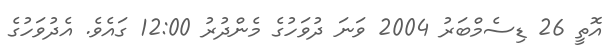
އޮތީ 26 ޑިސެމްބަރު 2004 ވަނަ ދުވަހުގެ މެންދުރު 12:00 ގައެވެ. އެދުވަހުގެ